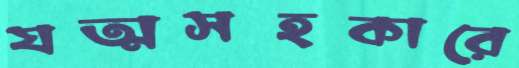
যত্মসহকারে